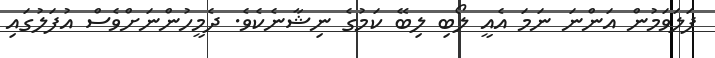
ފަލަވަމުން އަންނަ ނަމަ އެއީ ލޯބި ލިބޭ ކަމުގެ ނިޝާނެކެވެ. ދެމީހުންނަށްވެސް އުފަލުގައި